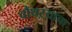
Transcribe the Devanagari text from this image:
चौथऱ्याचा